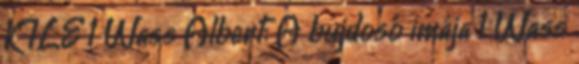
KILE 1 Wass Albert: A bujdosó imája 1 Wass